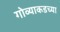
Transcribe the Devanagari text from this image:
गोव्याकडच्या